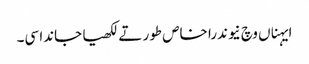
ایہناں وچ نیوندرا خاص طور تے لکھیا جاندا سی۔